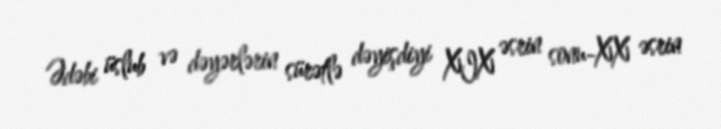
Ədəbi üslub və dəyərlərin sürətlə dəyişdiyi XIX əsrin sonu-XX əsrin